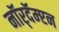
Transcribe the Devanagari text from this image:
नॉर्‌दॅम्प्टन